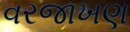
વરજાખણ